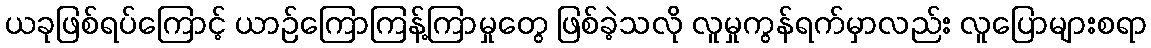
ယခုဖြစ်ရပ်ကြောင့် ယာဉ်ကြောကြန့်ကြာမှုတွေ ဖြစ်ခဲ့သလို လူမှုကွန်ရက်မှာလည်း လူပြောများစရာ